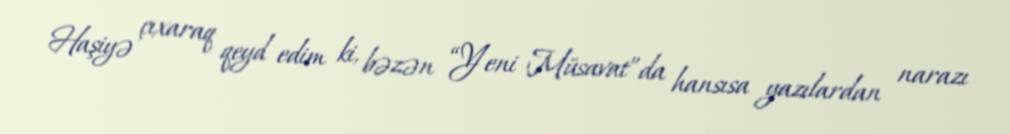
Haşiyə çıxaraq qeyd edim ki, bəzən “Yeni Müsavat”da hansısa yazılardan narazı